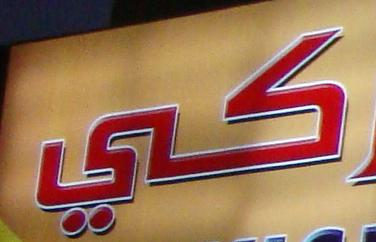
كي